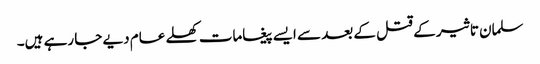
سلمان تاثیر کے قتل کے بعد سے ایسے پیغامات کھلے عام دیے جا رہے ہیں۔